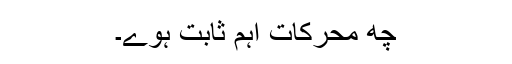
چھ محرکات اہم ثابت ہوے۔